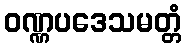
ဝဏ္ဏပဒေသမတ္တံ